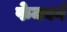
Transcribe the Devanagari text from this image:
फेनबर्ग